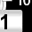
Digit: 1